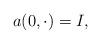
LaTeX: \begin{align*}a(0,\cdot) = I,\end{align*}